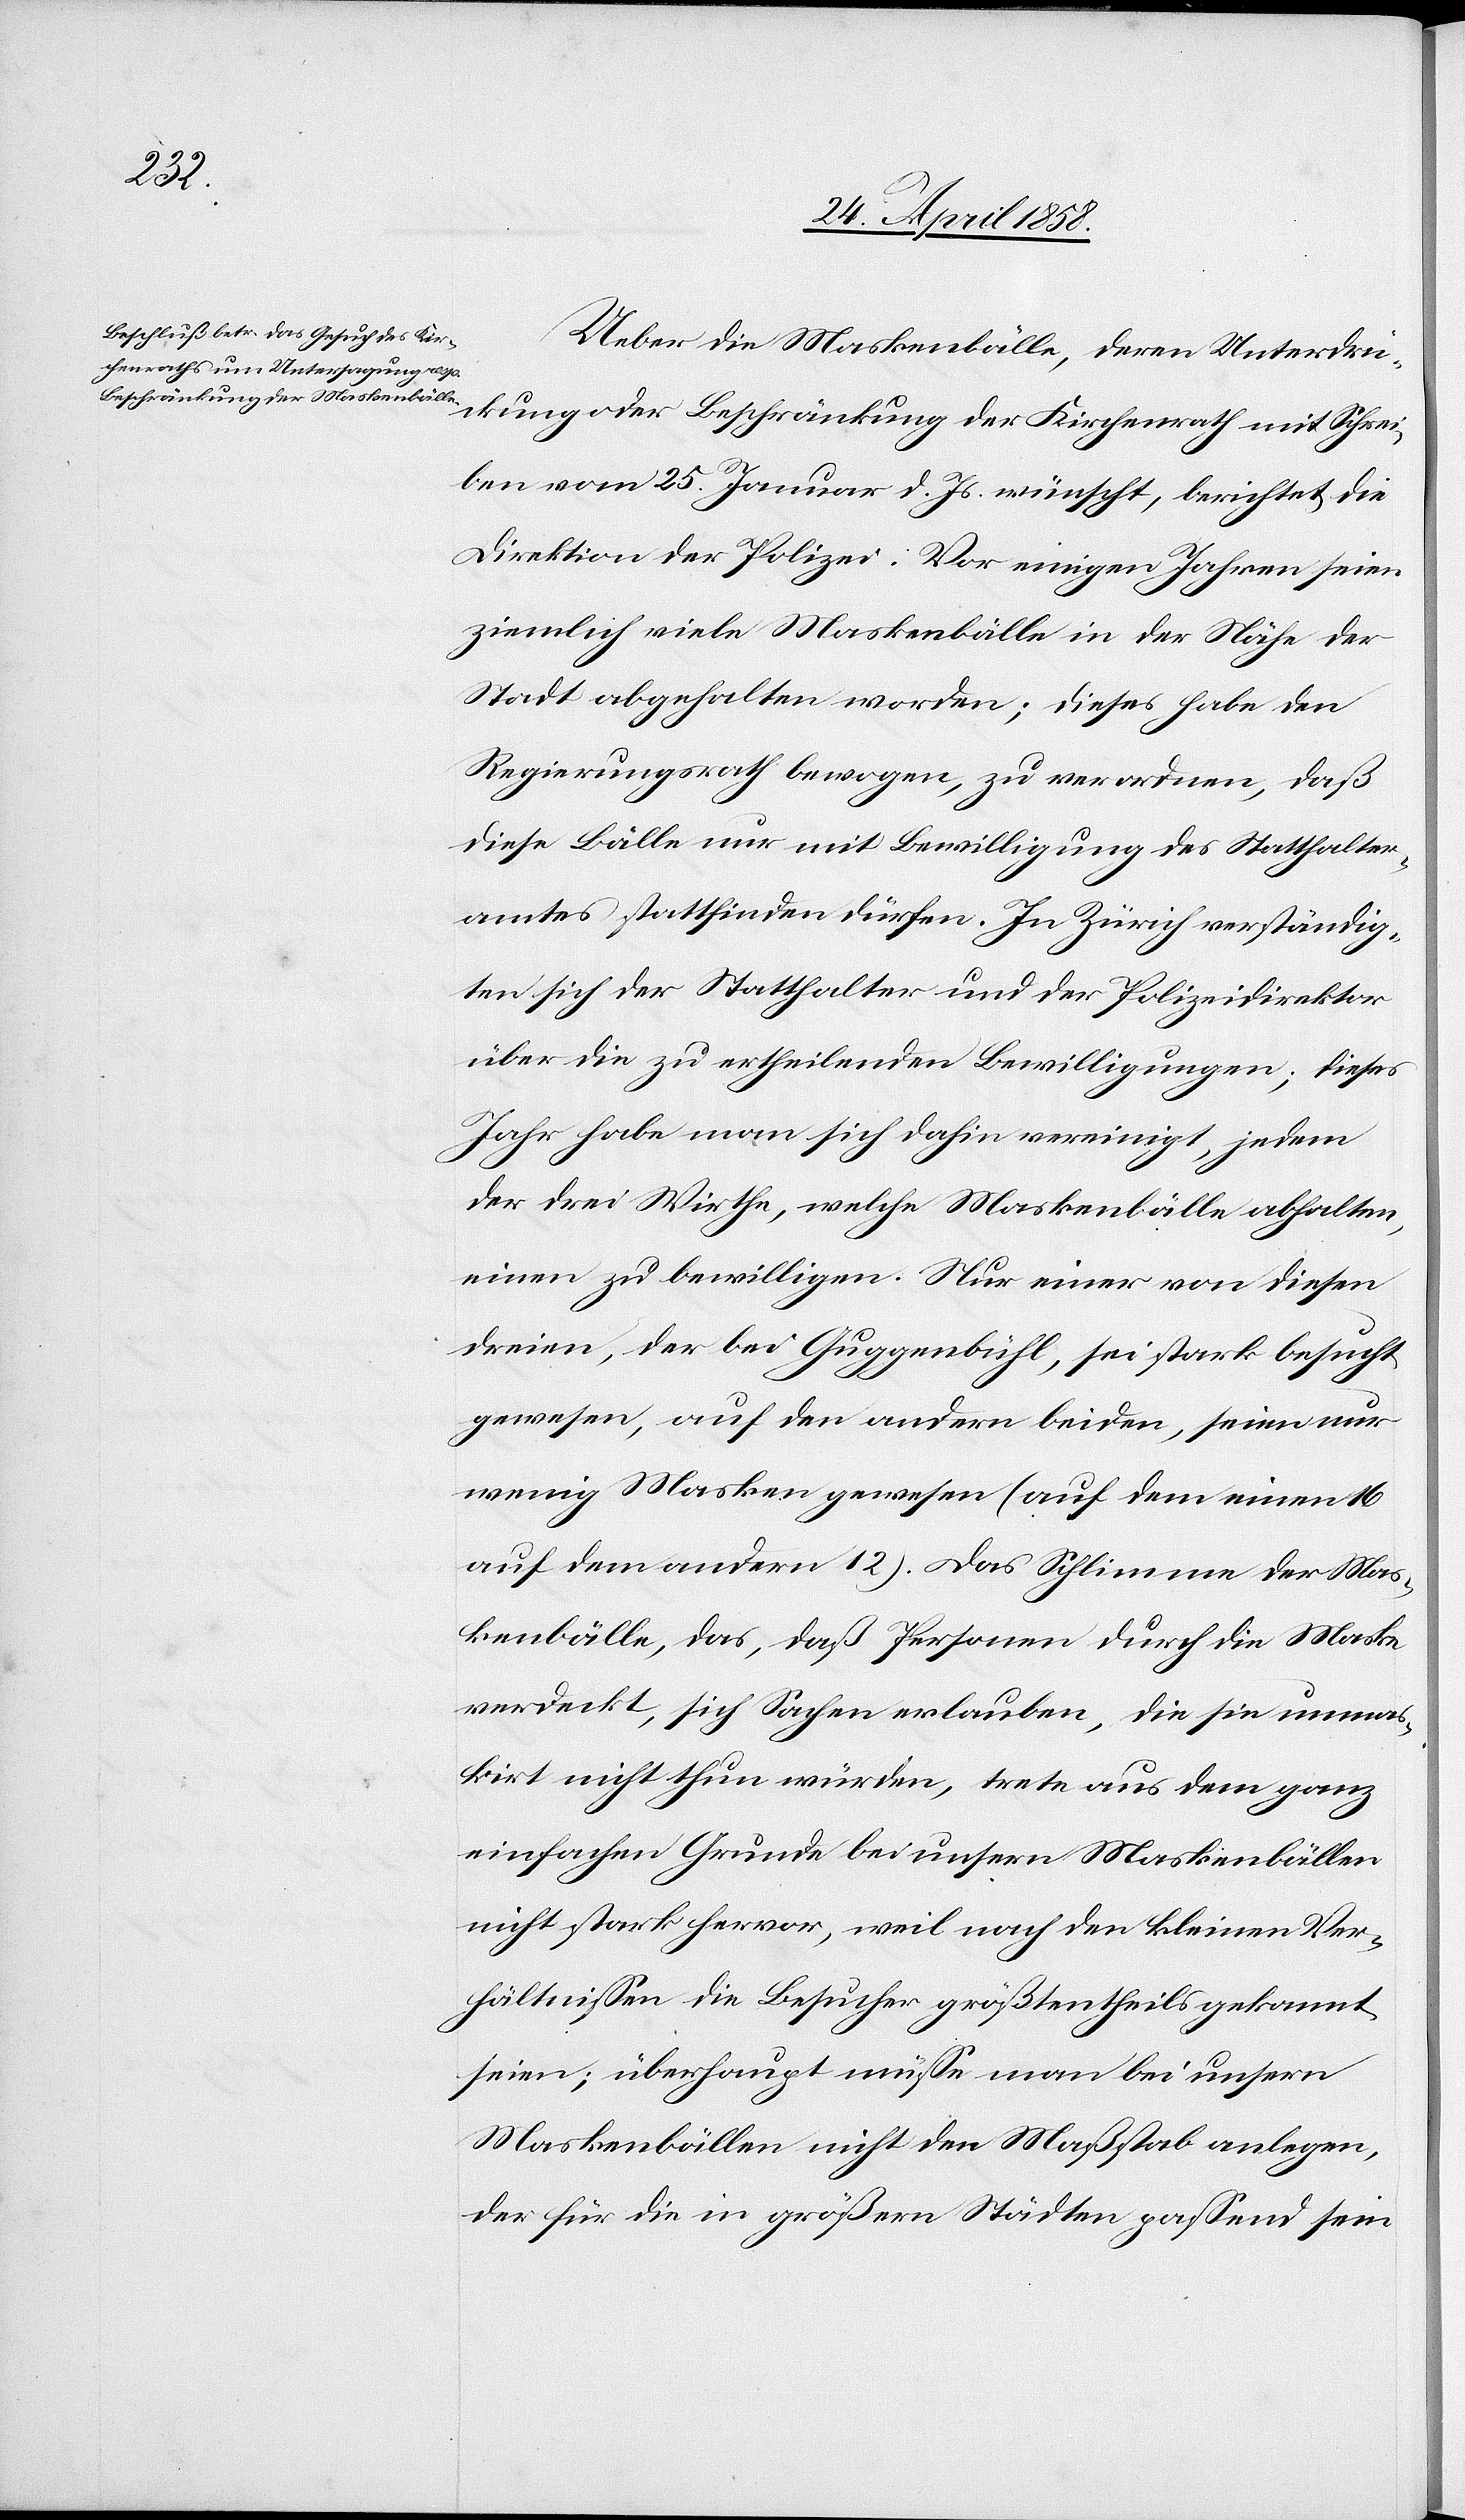
Ueber die Maskenbälle, deren Unterdrü¬
ckung oder Beschränkung der Kirchenrath mit Schrei¬
ben vom 25. Januar d. Js. wünscht, berichtet die
Direktion der Polizei: Vor einigen Jahren seien
ziemlich viele Maskenbälle in der Nähe der
Stadt abgehalten worden; dieses habe den
Regierungsrath bewogen, zu verwordnen, daß
diese Bälle nur mit Bewilligung des Statthalter¬
amtes stattfinden dürfen. In Zürich verständig¬
ten sich der Statthalter und der Polizeidirektor
über die zu ertheilenden Bewilligungen; dieses
Jahr habe man sich dahin vereinigt, jedem
der drei Wirthe, welche Maskenbälle abgehalten,
einen zu bewilligen. Nur einer von diesen
dreien, der bei Guggenbühl, sei stark besucht
gewesen, auf den andern beiden, seinen nur
wenig Masken gewesen (auf dem einen 16
auf dem andern 12). Das Schlimme der Mas¬
kebälle, das, daß Personen durch die Maske
verdeckt, sich Sachen erlauben, die sie unmas¬
kirt nicht thun würden, trete aus dem ganz
einfachen Grunde bei unsern Maskenbällen
nicht stark hervor, weil nach den kleinen Ver¬
hältnissen die Besucher größtentheils gekannt
seien; überhaupt müsse man bei unsern
Maskenbällen nicht den Maßstab anlegen,
der für die in größern Städten passend sein